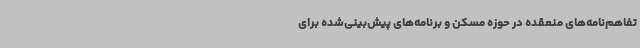
تفاهم‌نامه‌های منعقده در حوزه مسکن و برنامه‌های پیش‌بینی‌شده برای